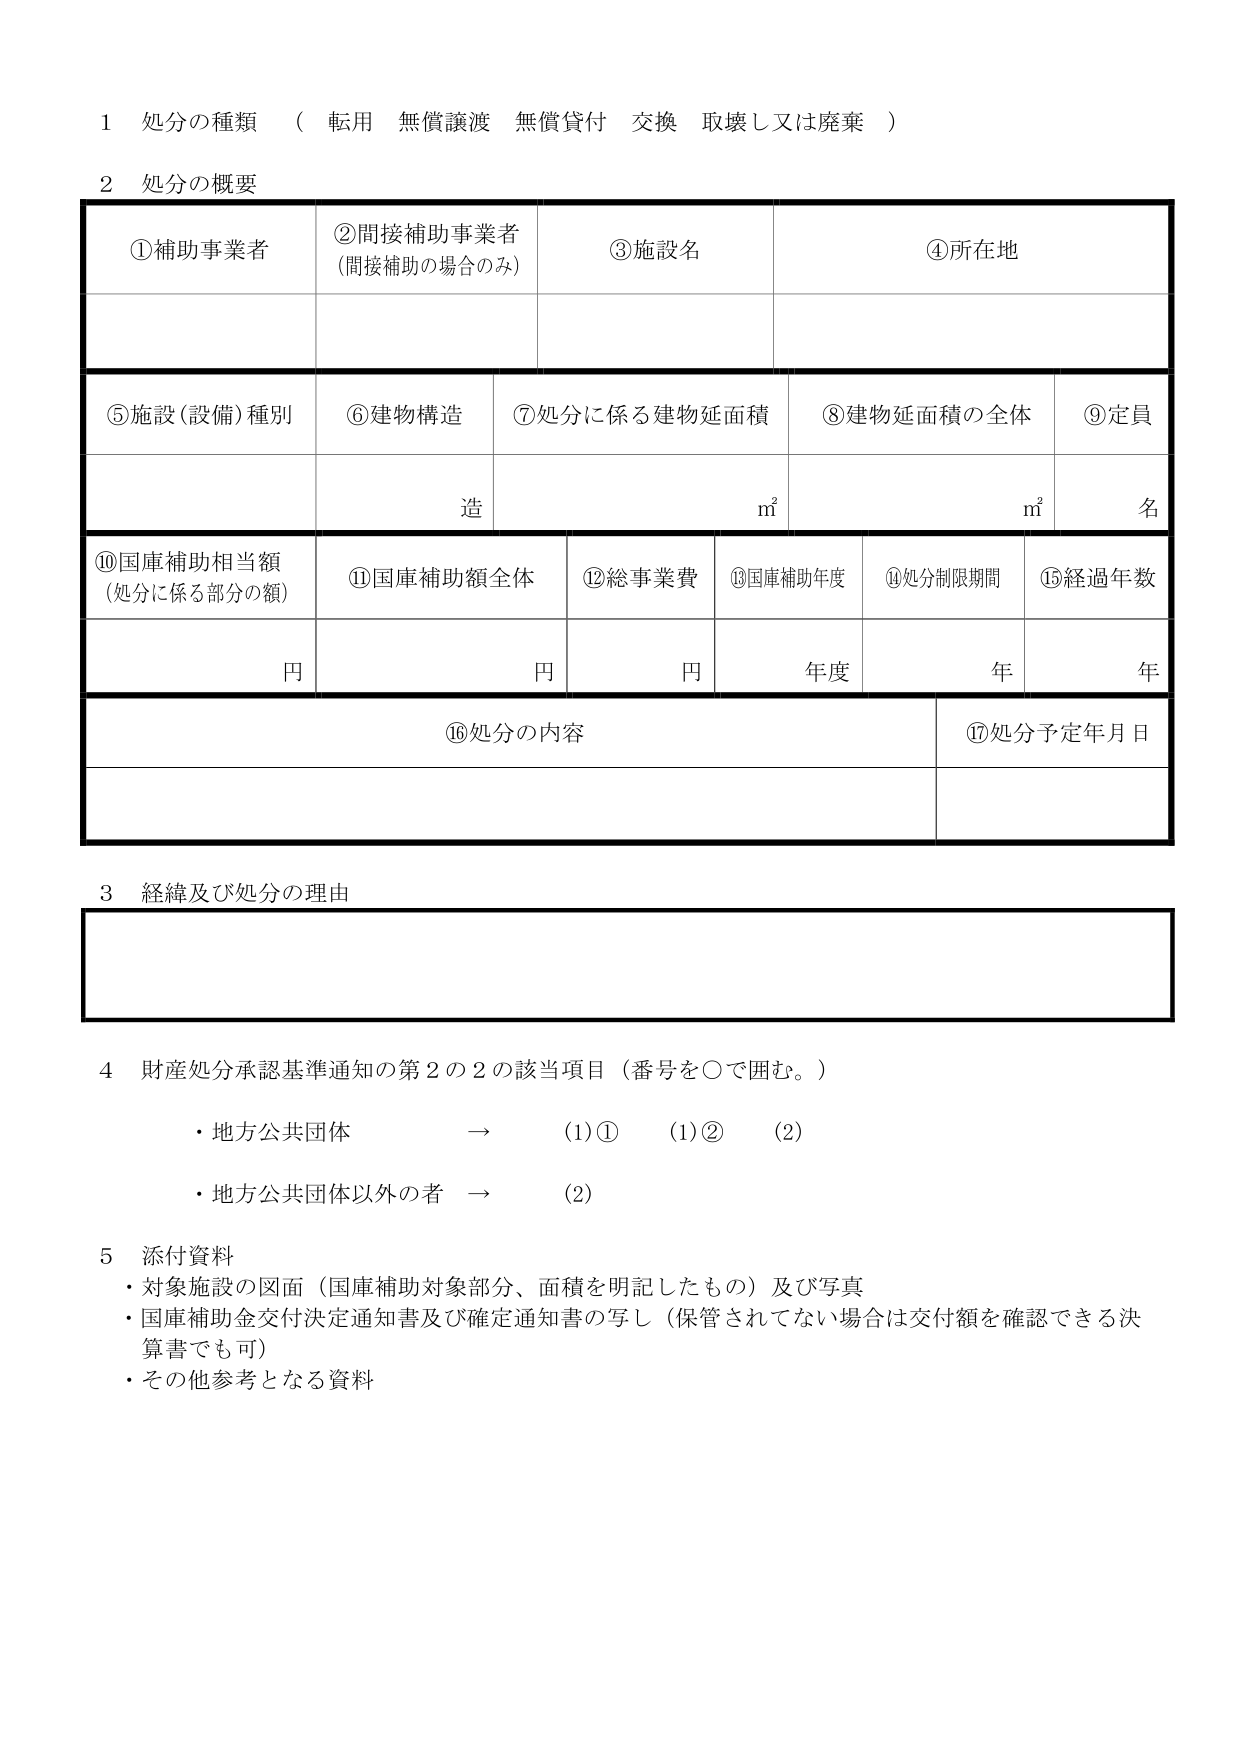
1 処分の種類 （ 転用 無償譲渡 無償貸付 交換 取壊し又は廃棄 ）

2 処分の概要

①補助事業者
②間接補助事業者
（間接補助の場合のみ）
③施設名
④所在地

⑤施設（設備）種別
⑥建物構造
⑦処分に係る建物延面積
⑧建物延面積の全体
⑨定員

造
㎡
㎡
名

⑩国庫補助相当額
（処分に係る部分の額）
⑪国庫補助額全体
⑫総事業費
⑬国庫補助年度
⑭処分制限期間
⑮経過年数

円
円
円
年度
年
年

⑯処分の内容
⑰処分予定年月日

3 経緯及び処分の理由

4 財産処分承認基準通知の第2の2の該当項目（番号を○で囲む。）
・地方公共団体 → (1)① (1)② (2)
・地方公共団体以外の者 → (2)

5 添付資料
・対象施設の図面（国庫補助対象部分、面積を明記したもの）及び写真
・国庫補助金交付決定通知書及び確定通知書の写し（保管されてない場合は交付額を確認できる決算書でも可）
・その他参考となる資料